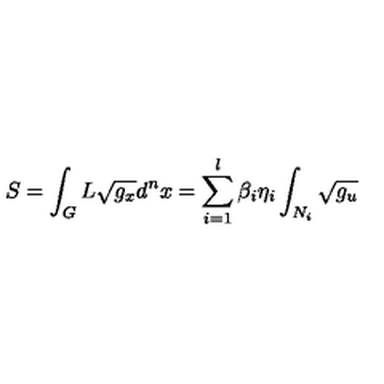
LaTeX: S = \int _ { G } L \sqrt { g _ { x } } d ^ { n } x = \sum _ { i = 1 } ^ { l } \beta _ { i } \eta _ { i } \int _ { N _ { i } } \sqrt { g _ { u } }